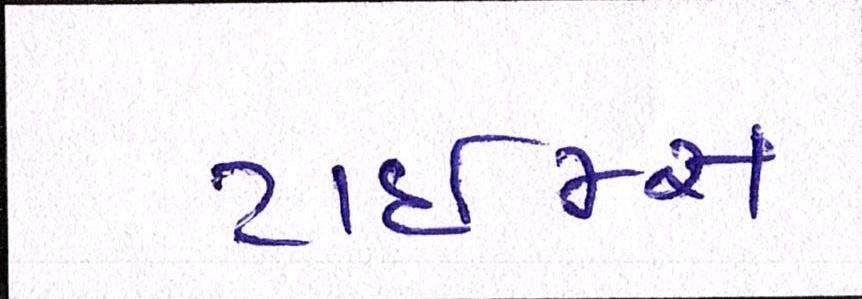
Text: ટાઈમ્સ